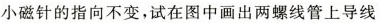
小磁针的指向不变，试在图中画出两螺线管上导线